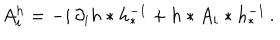
LaTeX: A _ { i } ^ { h } = - i \, \partial _ { i } h * h _ { * } ^ { - 1 } + h * A _ { i } * h _ { * } ^ { - 1 } \, .